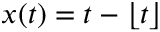
x ( t ) = t - \lfloor t \rfloor